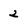
Character: 2